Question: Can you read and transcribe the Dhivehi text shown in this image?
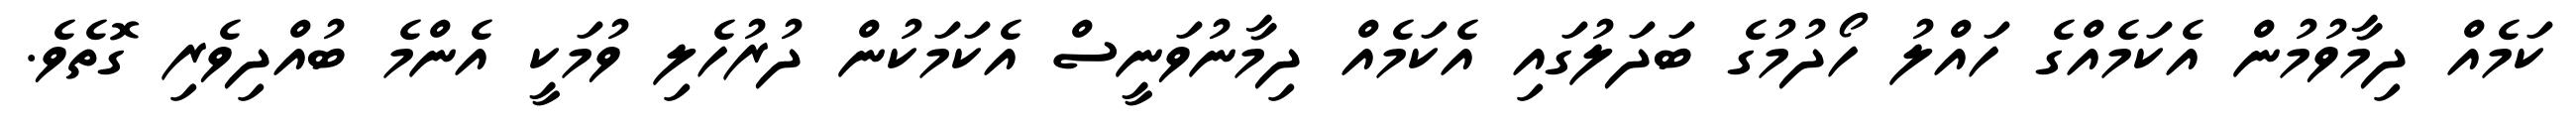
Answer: ކަމެއް ދިމާވުމުން އެކަމެއްގެ ހައްލު ހޯދުމުގެ ބަދަލުގައި އެކަމެއް ދިމާނުވަނީސް އެކަމަކުން ދުރުހެލި ވުމަކީ އެންމެ ބުއްދިވެރި ގޮތެވެ.